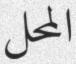
المحل